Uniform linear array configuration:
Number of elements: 24
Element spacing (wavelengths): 0.5
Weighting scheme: binomial
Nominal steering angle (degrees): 60
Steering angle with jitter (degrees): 59.977
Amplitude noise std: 0.05
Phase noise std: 0.05

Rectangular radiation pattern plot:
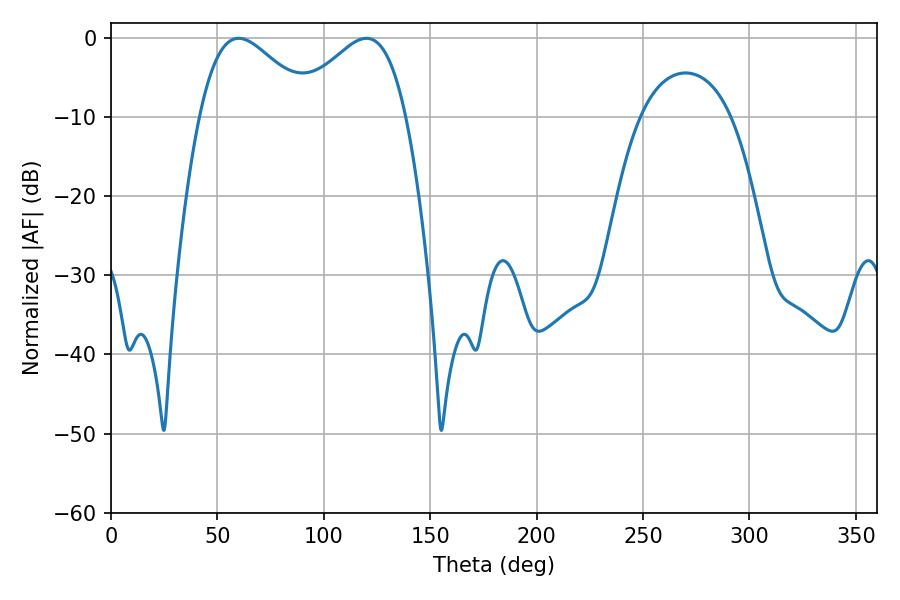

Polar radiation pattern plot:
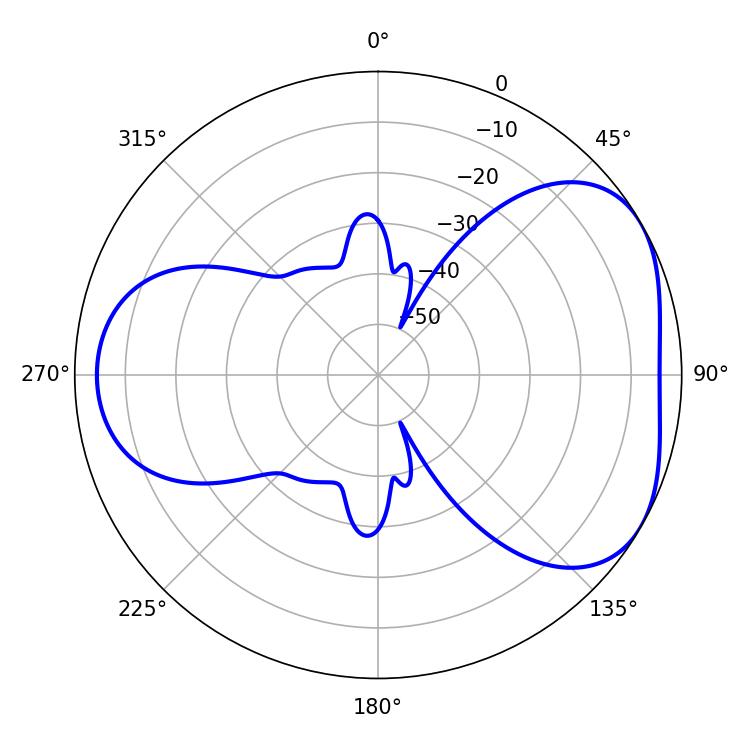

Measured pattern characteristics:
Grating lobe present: FALSE
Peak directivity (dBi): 4.417
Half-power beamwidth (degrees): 28.62
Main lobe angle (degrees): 59.94